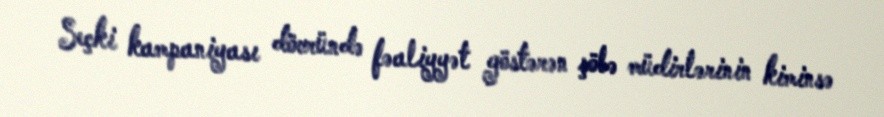
Seçki kampaniyası dövründə fəaliyyət göstərən şöbə müdirlərinin kiminsə